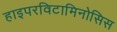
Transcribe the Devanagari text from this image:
हाइपरविटामिनोसिस